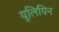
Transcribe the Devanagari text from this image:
यूलियिन